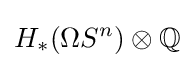
H_{*}(\Omega S^{n})\otimes \mathbb {Q}